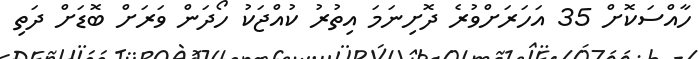
ހާއްސަކޮށް 35 އަހަރަށްވުރެ ދޮށިނަމަ އިތުރު ކުއްޖަކު ހޯދަން ވަރަށް ބޮޑަށް ދަތި